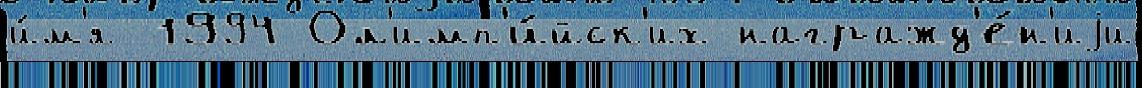
и́м'я 1994 Ол'имп'и́йск'их награжд'е́н'иjи